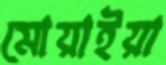
মোয়াইয়া